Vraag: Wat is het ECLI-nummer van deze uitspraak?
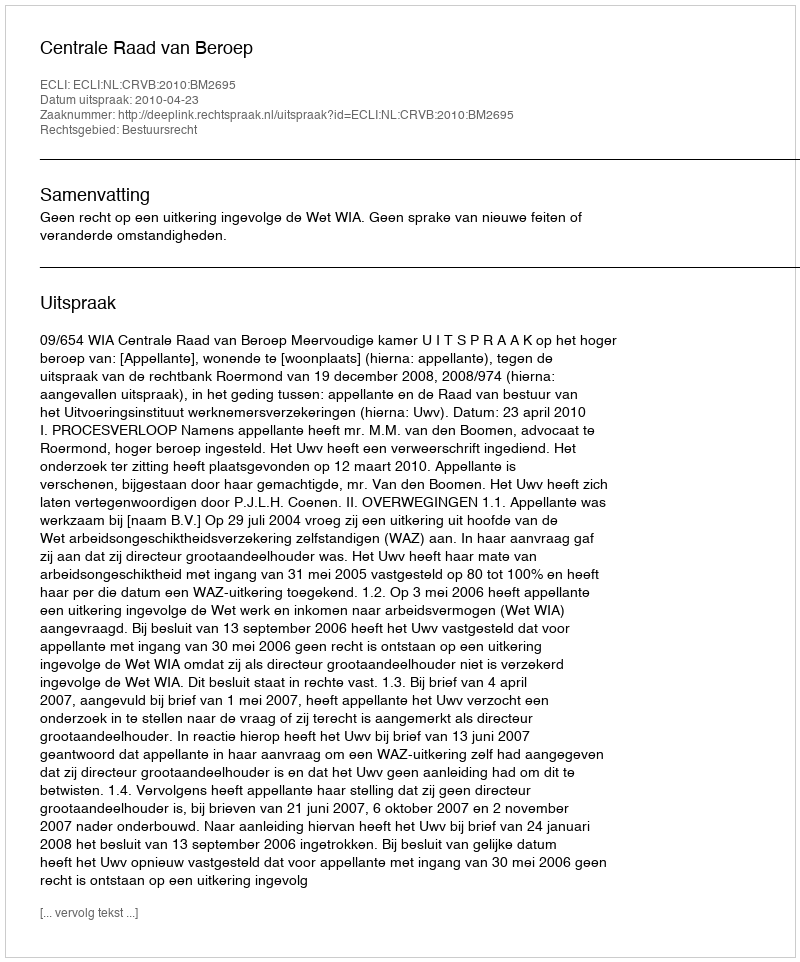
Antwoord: ECLI:NL:CRVB:2010:BM2695